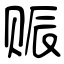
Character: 赈